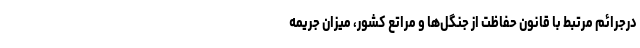
درجرائم مرتبط با قانون حفاظت از جنگل‌ها و مراتع کشور، میزان جریمه